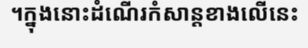
។ក្នុងនោះដំណើរកំសាន្តខាងលើនេះ